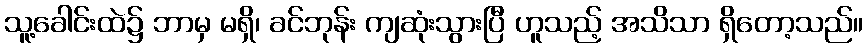
သူ့ခေါင်းထဲ၌ ဘာမှ မရှိ၊ ခင်ဘုန်း ကျဆုံးသွားပြီ ဟူသည့် အသိသာ ရှိတော့သည်။